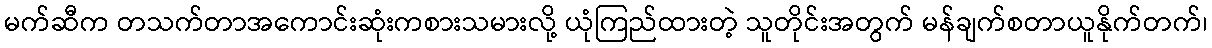
မက်ဆီက တသက်တာအကောင်းဆုံးကစားသမားလို့ ယုံကြည်ထားတဲ့ သူတိုင်းအတွက် မန်ချက်စတာယူနိုက်တက်၊